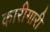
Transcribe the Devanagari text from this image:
कारीगारी